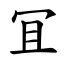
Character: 冝